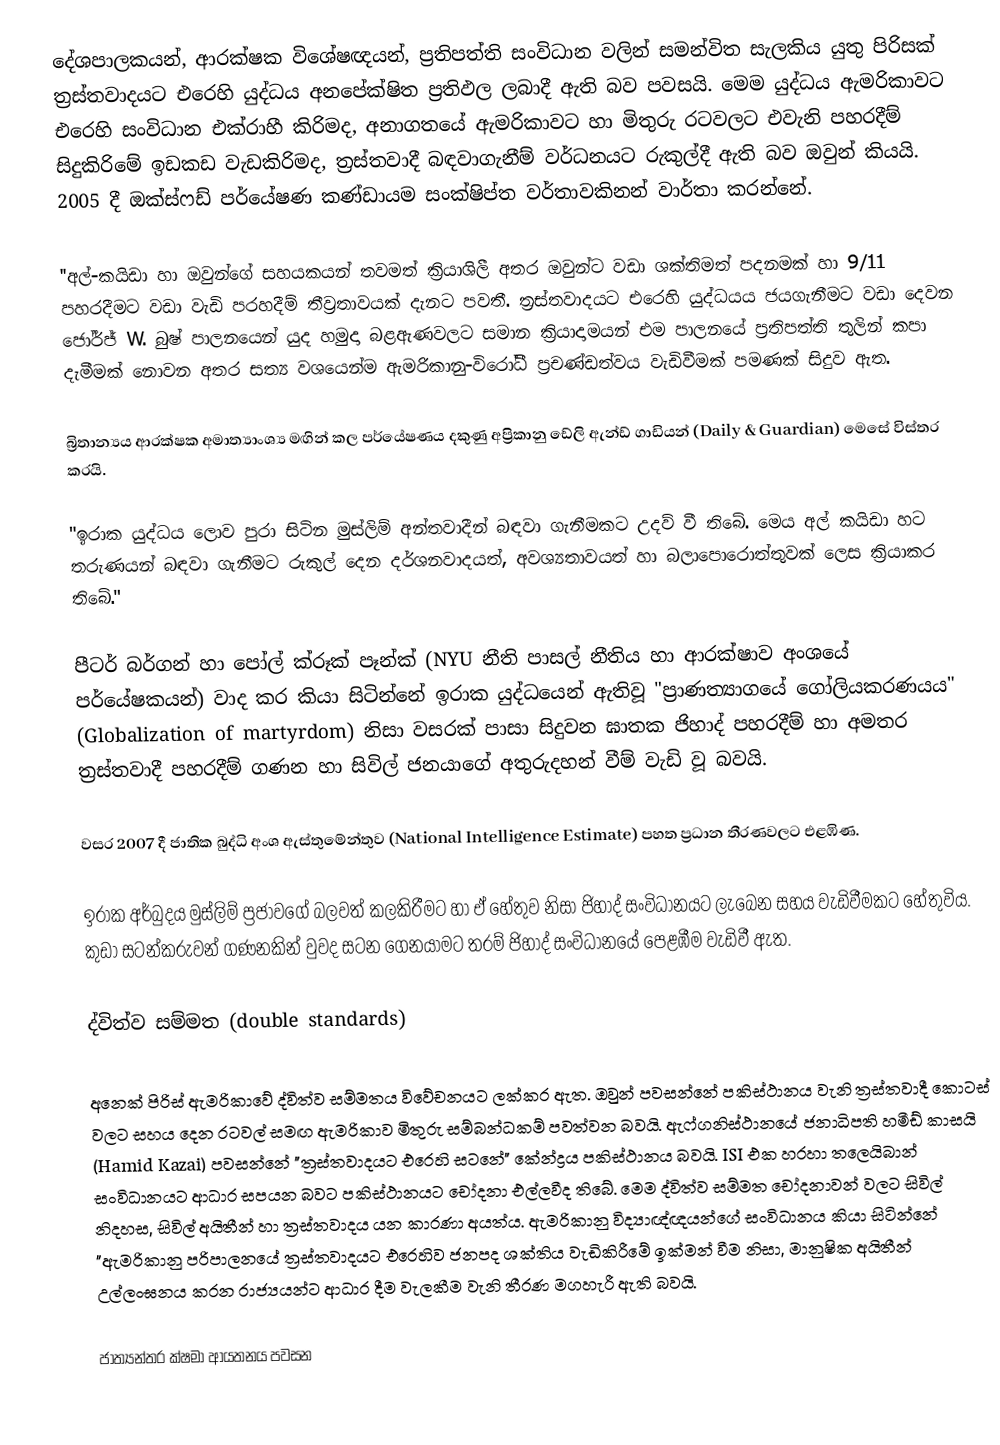
දේශපාලකයන්, ආරක්ෂක විශේෂඥයන්, ප්‍රතිපත්ති සංවිධාන වලින් සමන්විත සැලකිය යුතු පිරිසක් ත්‍රස්තවාදයට එරෙහි යුද්ධය අනපේක්ෂිත ප්‍රතිඵල ලබාදී ඇති බව පවසයි. මෙම යුද්ධය ඇමරිකාවට එරෙහි සංවිධාන එක්රාහී කිරිමද, අනාගතයේ ඇමරිකාවට හා මිතුරු රටවලට එවැනි පහරදීම් සිදුකිරිමේ ඉඩකඩ වැඩකිරිමද, ත්‍රස්තවාදී බඳවාගැනීම් වර්ධනයට රුකුල්දී ඇති බව ඔවුන් කියයි. 2005 දී ඔක්ස්ෆඩ් පර්යේෂණ කණ්ඩායම සංක්ෂිප්ත වර්තාවකිනන් වාර්තා කරන්නේ.

''අල්-කයිඩා හා ඔවුන්ගේ සහයකයන් තවමත් ක්‍රියාශිලී අතර ඔවුන්ට වඩා ශක්තිමත් පදනමක් හා 9/11 පහරදීමට වඩා වැඩි පරහදීම් තීව්‍රතාවයක් දැනට පවතී. ත්‍රස්තවාදයට එරෙහි යුද්ධයය ජයගැනීමට වඩා දෙවන ‍ජෝර්ජ් W. බුෂ් පාලනයෙන් යුද හමුදා බළඇණවලට සමාන ක්‍රියාදාමයන් එම පාලනයේ ප්‍රතිපත්ති තුලින් කපා දැමීමක් නොවන අතර සත්‍ය වශයෙන්ම ඇමරිකානු-විරෝධී ප්‍රචණ්ඩත්වය වැඩිවීමක් පමණක් සිදුව ඇත.

බ්‍රිතාන්‍යය ආරක්ෂක අමාත්‍යාංශ්‍ය මඟින් කල පර්යේෂණය දකුණු අප්‍රිකානු ඩේලි ඇන්ඩ් ගාඩියන් (Daily & Guardian) මෙසේ විස්තර කරයි.

"ඉරාක යුද්ධය ලොව පුරා සිටින මුස්ලිම් අන්තවාදීන් බඳවා ගැනීමකට උදව් වී තිබේ. මෙය අල් කයිඩා හට තරුණයන් බඳවා ගැනීමට රුකුල් දෙන දර්ශනවාදයත්, අවශ්‍යතාවයත් හා බලාපොරොත්තුවක් ලෙස ක්‍රියාකර තිබේ."

පීටර් බර්ගන් හා පෝල් ක්රූක් පෑන්ක් (NYU නීති පාසල් නීතිය හා ආරක්ෂාව අංශයේ පර්යේෂකයන්) වාද කර කියා සිටින්නේ ඉරාක යුද්ධයෙන් ඇතිවූ "ප්‍රාණත්‍යාගයේ ගෝලියකරණයය" (Globalization of martyrdom) නිසා වසරක් පාසා සිදුවන ඝාතක ජිහාද් පහරදීම් හා අමතර ත්‍රස්තවාදී පහරදීම් ගණන හා සිවිල් ජනයාගේ අතුරුදහන් වීම් වැඩි වූ බවයි.

වසර 2007 දී ජාතික බුද්ධි අංශ ඇස්තුමේන්තුව (National Intelligence Estimate) පහත ප්‍රධාන තීරණවලට එළඹිණ.

ඉරාක අර්බුදය මුස්ලිම් ප්‍රජාවගේ බලවත් කලකිරීමට හා ඒ හේතුව නිසා ජිහාද් සංවිධානයට ලැබෙන සහය වැඩිවීමකට හේතුවිය. කුඩා සටන්කරුවන් ගණනකින් වුවද සටන ගෙනයාමට තරම් ජිහාද් සංවිධානයේ පෙළඹීම වැඩිවී ඇත.

ද්විත්ව සම්මත (double standards)

අනෙක් පිරිස් ඇමරිකාවේ ද්විත්ව සම්මතය විවේචනයට ලක්කර ඇත. ඔවුන් පවසන්නේ පකිස්ථානය වැනි ත්‍රස්තවාදී කොටස් වලට සහය දෙන රටවල් සමඟ ඇමරිකාව මිතුරු සම්බන්ධකම් පවත්වන බවයි. ඇෆ්ගනිස්ථානයේ ජනාධිපති හමීඩ් කාසයි (Hamid Kazai) පවසන්නේ "ත්‍රස්තවාදයට එරෙහි සටනේ" කේන්ද්‍රය පකිස්ථානය බවයි. ISI එක හරහා තලෙයිබාන් සංවිධානයට ආධාර සපයන බවට පකිස්ථානයට චෝදනා එල්ලවීද තිබේ. මෙම ද්විත්ව සම්මත චෝදනාවන් වලට සිවිල් නිදහස, සිවිල් අයිතීන් හා ත්‍රස්තවාදය යන කාරණා අයත්ය. ඇමරිකානු විද්‍යාඥ්ඥයන්ගේ සංවිධානය කියා සිටින්නේ "ඇමරිකානු පරිපාලනයේ ත්‍රස්තවාදයට එරෙහිව ජනපද ශක්තිය වැඩිකිරීමේ ඉක්මන් වීම නිසා, මානුෂික අයිතීන් උල්ලංඝනය කරන රාජ්‍යයන්ට ආධාර දීම වැලකීම වැනි තීරණ මගහැරී ඇති බවයි.

ජාත්‍යන්තර ක්ෂමා ආයතනය පවසන